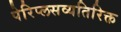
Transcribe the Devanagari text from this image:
पेरिप्लसव्यतिरिक्त